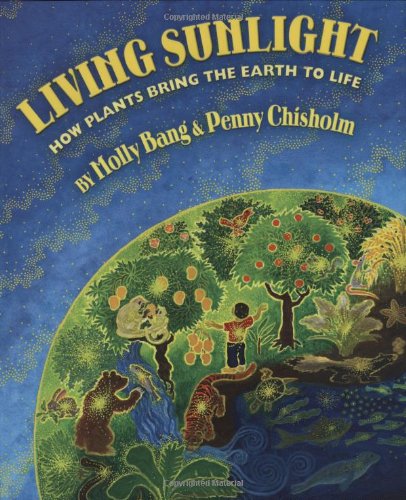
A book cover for Living Sunlight: How Plants Bring The Earth To Life; Molly Bang; Children's Books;